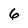
Character: 6